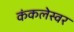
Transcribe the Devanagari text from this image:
कंकलेस्वर